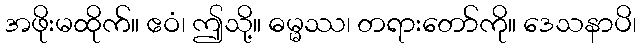
အဖိုးမထိုက်။ ဧဝံ၊ ဤသို့။ ဓမ္မဿ၊ တရားတော်ကို။ ဒေသနာပိ၊